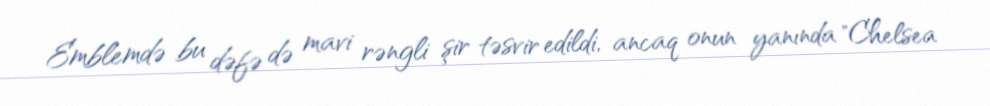
Emblemdə bu dəfə də mavi rəngli şir təsvir edildi, ancaq onun yanında "Chelsea